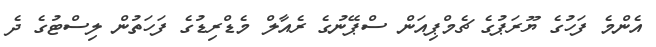
އެންމެ ފަހުގެ ޔޫރަޕުގެ ޗެމްޕިއަން ސްޕޭނުގެ ރެއާލް މެޑްރިޑުގެ ފަހަތުން ލިސްޓުގެ ދެ